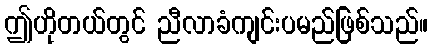
ဤဟိုတယ်တွင် ညီလာခံကျင်းပမည်ဖြစ်သည်။